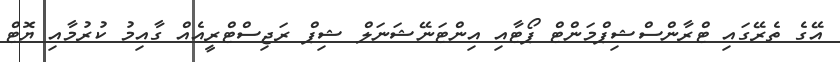
އޭގެ ތެރޭގައި ޓްރާންސްޝިޕްމަންޓް ޕޯޓާއި އިންޓަނޭޝަނަލް ޝިޕް ރަޖިސްޓްރީއެއް ގާއިމު ކުރުމާއި ޔޮޓް